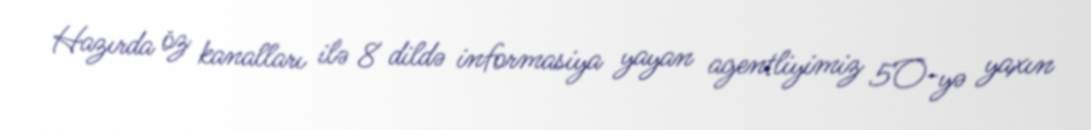
Hazırda öz kanalları ilə 8 dildə informasiya yayan agentliyimiz 5O-yə yaxın